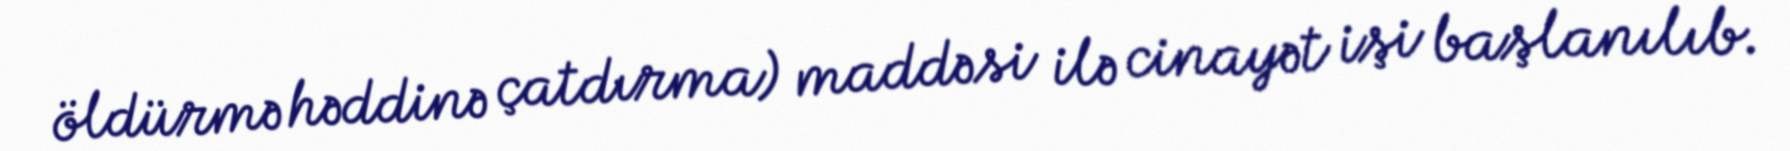
öldürmə həddinə çatdırma) maddəsi ilə cinayət işi başlanılıb.